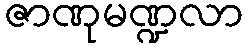
ဇာဏုမဏ္ဍလာ